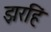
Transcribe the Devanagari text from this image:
झरहिं